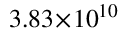
3 . 8 3 \! \times \! 1 0 ^ { 1 0 }